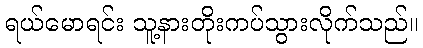
ရယ်မောရင်း သူ့နားတိုးကပ်သွားလိုက်သည်။